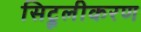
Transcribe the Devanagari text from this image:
सिट्रूलीकरण